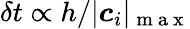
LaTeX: \delta t\propto h/|\boldsymbol{c}_{i}|_{\mathrm{~m~a~x~}}